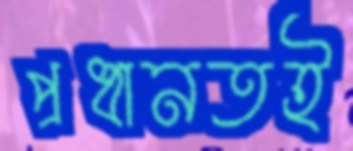
প্রধানতই